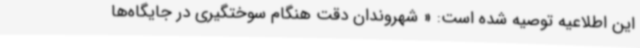
این اطلاعیه توصیه شده است: « شهروندان دقت هنگام سوختگیری در جایگاه‌ها